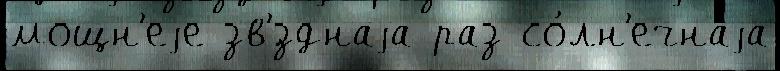
мощн'еjе зв'́зднаjа раз со́лн'ечнаjа